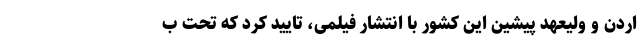
اردن و ولیعهد پیشین این کشور با انتشار فیلمی، تأیید کرد که تحت ب